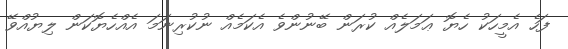
ފަހެ އެމީހަކު ހެޔޮ ޢަމަލެއް ކުރަން ބޭނުންވެ އެކަމެއް ނުކުރިނަމަ އެއްހެޔޮކަން ލިޔުއްވޭ